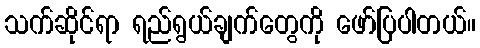
သက်ဆိုင်ရာ ရည်ရွယ်ချက်တွေကို ဖော်ပြပါတယ်။